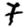
Digit: 7